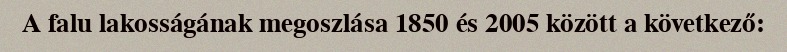
A falu lakosságának megoszlása 1850 és 2005 között a következő: